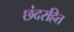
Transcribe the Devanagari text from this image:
छंदरहित